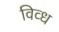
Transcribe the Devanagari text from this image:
विव्ध